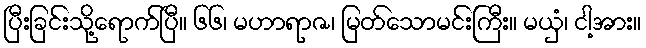
ပြီးခြင်းသို့ရောက်ပြီ။ ၆၆၊ မဟာရာဇ၊ မြတ်သောမင်းကြီး။ မယှံ၊ ငါ့အား။